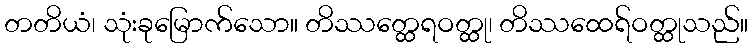
တတိယံ၊ သုံးခုမြောက်သော။ တိဿတ္ထေရဝတ္ထု၊ တိဿထေရ်ဝတ္ထုသည်။